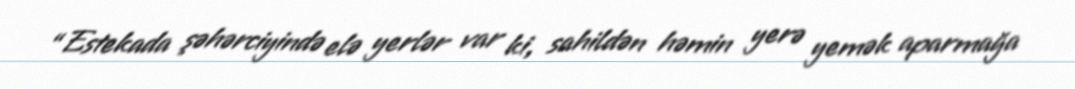
“Estekada şəhərciyində elə yerlər var ki, sahildən həmin yerə yemək aparmağa